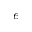
e